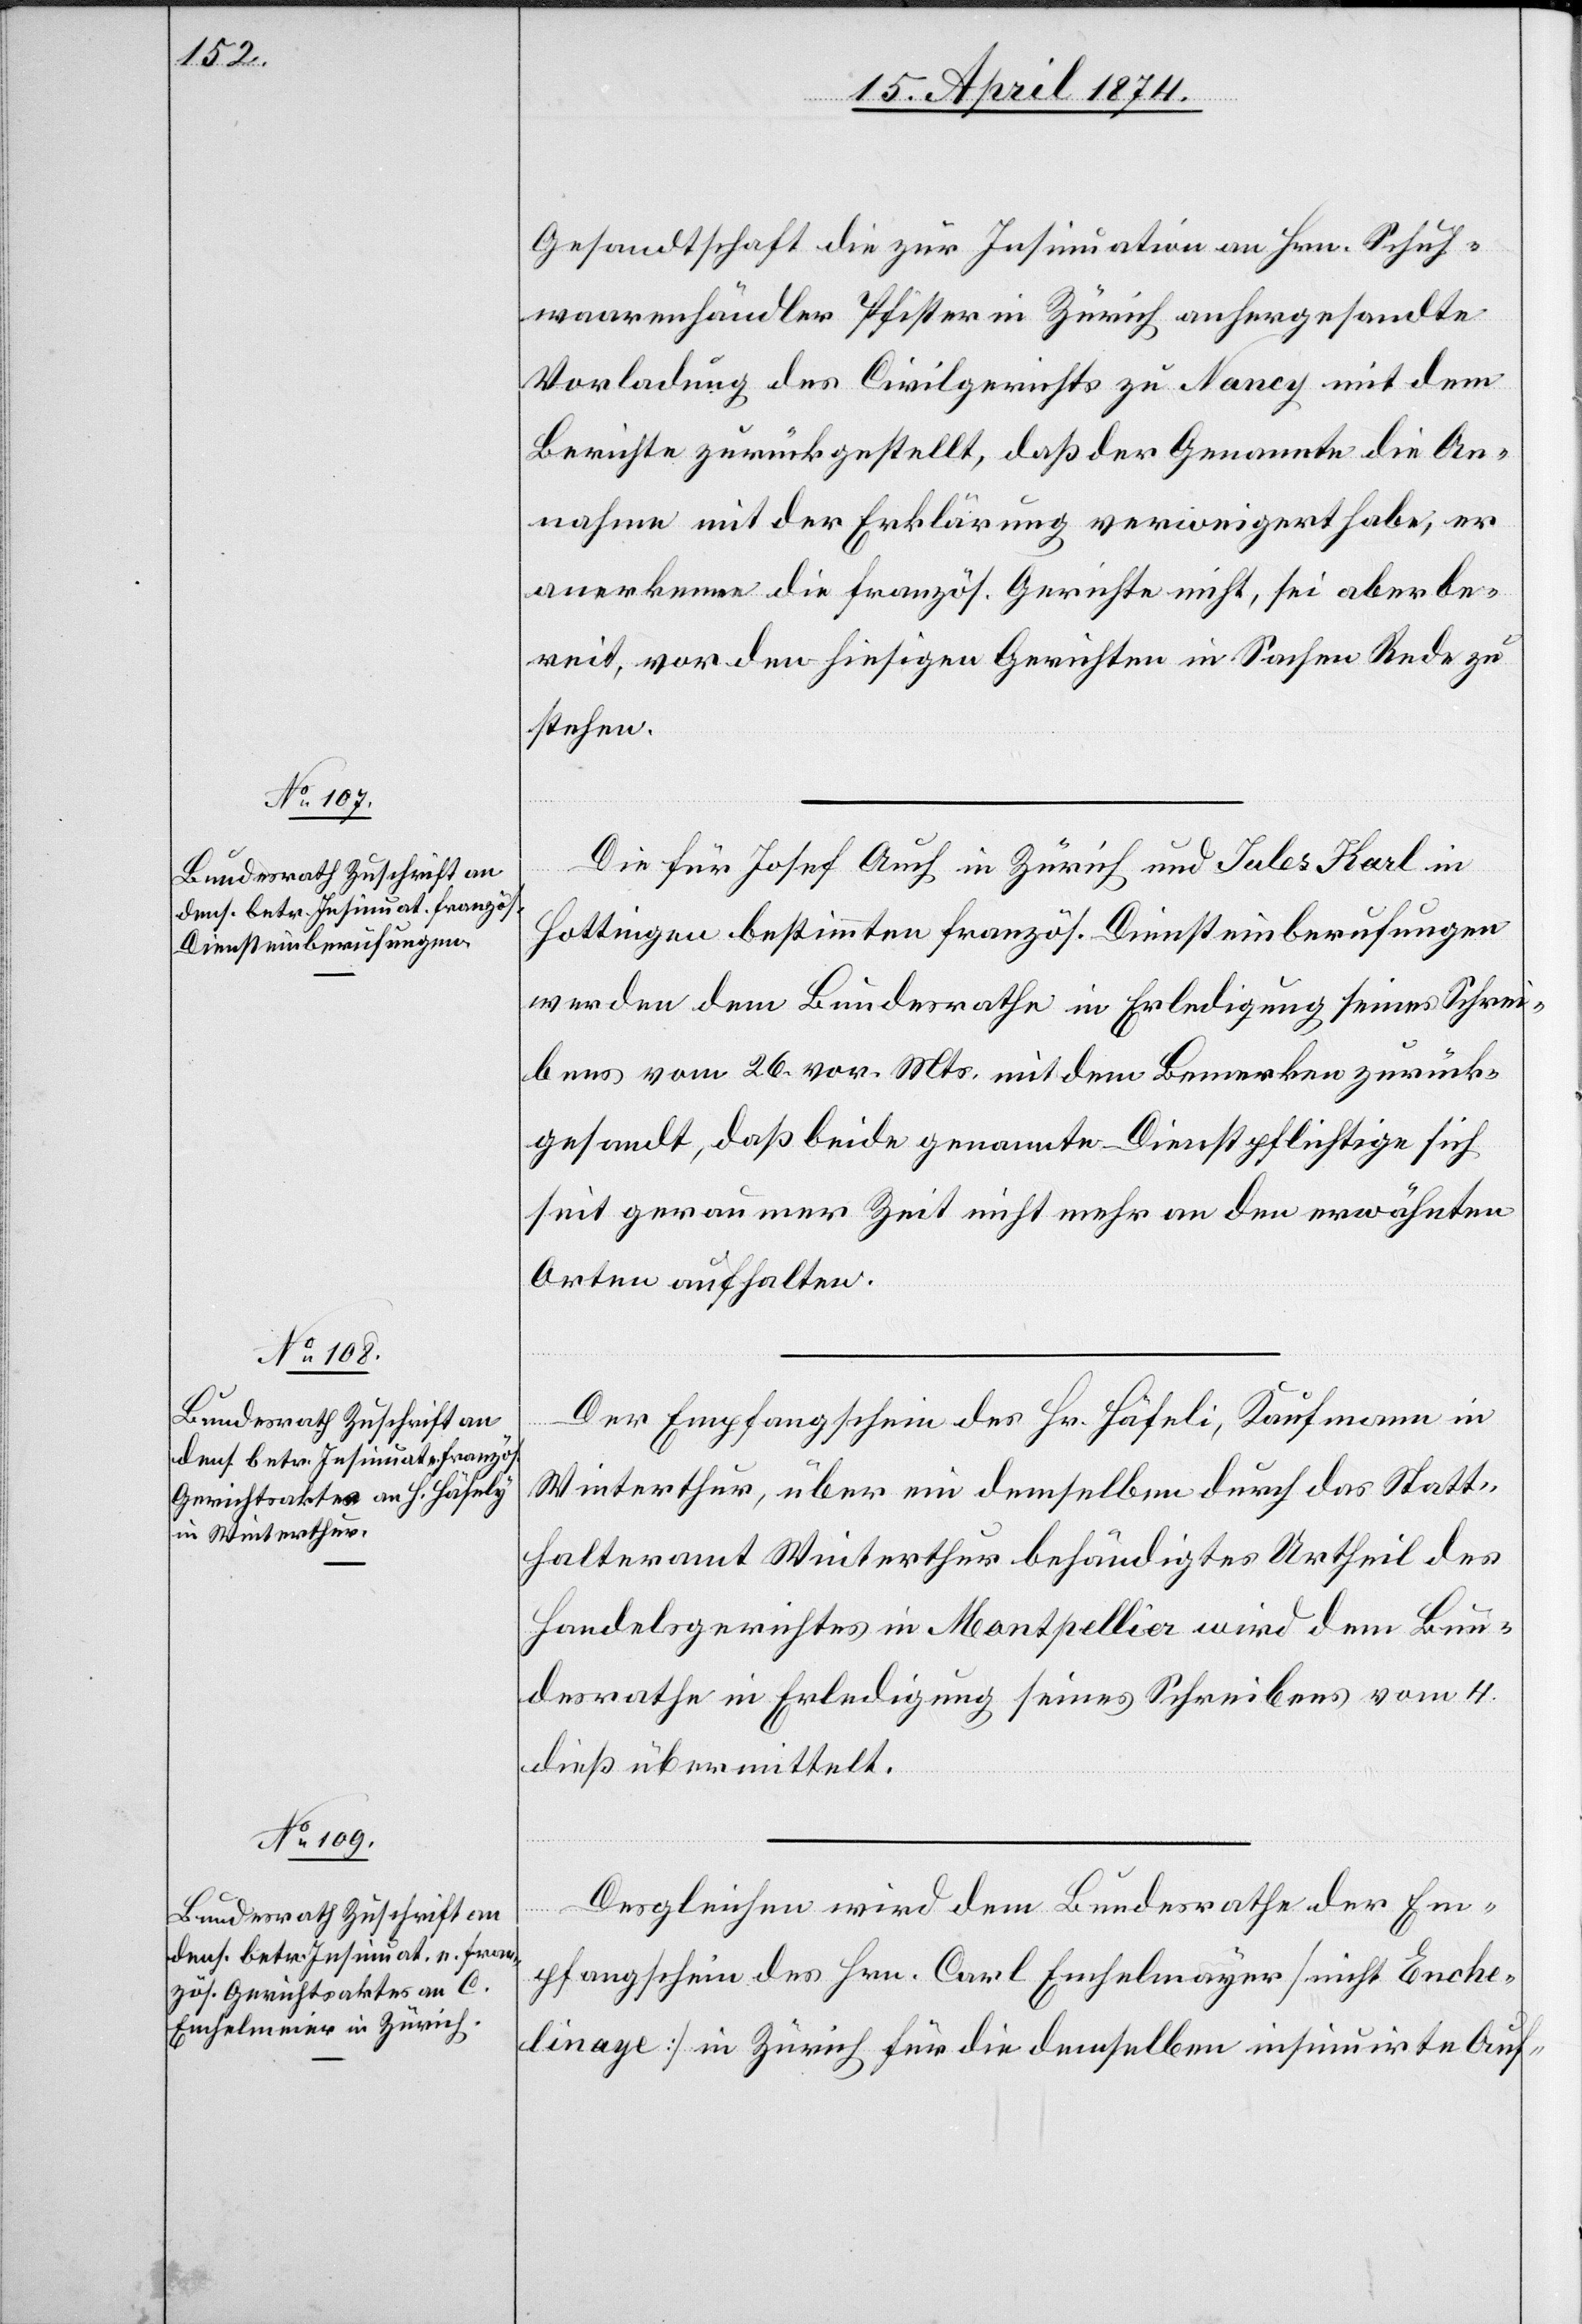
15. April 1874.]
Gesandtschaft die zur Insinuation an Hrn. Schuh¬
waarenhändler Pfister in Zürich anhergesandte
Vorladung des Civilgerichts zu Nancy mit dem
Berichte zurückgestellt, daß der Genannte die An¬
nahme mit der Erklärung verweigert habe, er
anerkenne die französ. Gerichte nicht, sei aber be¬
reit, vor den hiesigen Gerichten in Sachen Rede zu
stehen.
Die für Josef Auch in Zürich und Jules Karl in
Hottingen bestimmten französ. Diensteinberufungen
werden dem Bundesrathe in Erledigung seines Schrei¬
bens vom 26. vor. Mts. mit dem Bemerken zurück¬
gesandt, daß beide genannte Dienstpflichtige sich
seit geraumer Zeit nicht mehr an den erwähnten
Orten aufhalten.
Der Empfangschein des Hr. Häfeli [sic!], Kaufmann in
Winterthur, über ein demselben durch das Statt¬
halteramt Winterthur behändigtes Urtheil des
Handelsgerichtes in Montpellier wird dem Bun¬
desrathe in Erledigung seines Schreibens vom 4.
dieß übermittelt.
Desgleichen wird dem Bundesrathe der Em¬
pfangschein des Hrn. Carl Emhelmayer [sic!] [nicht Enche¬
dinage] in Zürich für die demselben insinuirten Auf-